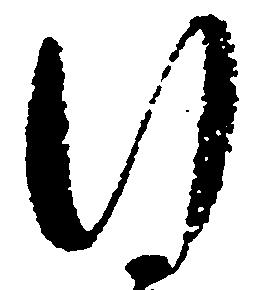
行